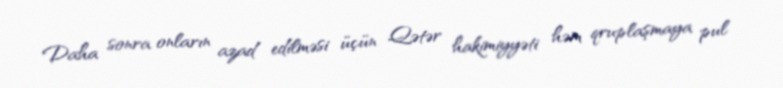
Daha sonra onların azad edilməsi üçün Qətər hakimiyyəti həm qruplaşmaya pul